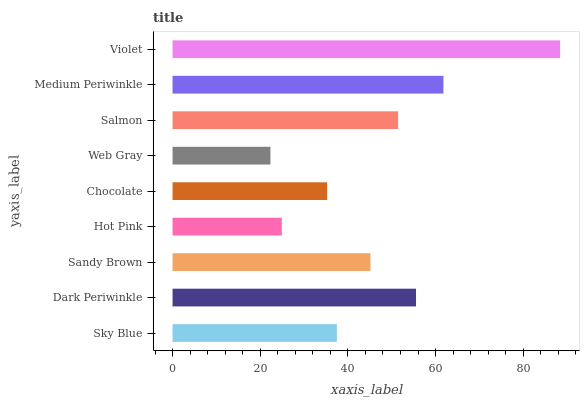
| yaxis_label | bars |
 | --- | --- |
 | Sky Blue | 37.5 |
 | Dark Periwinkle | 55.5 |
 | Sandy Brown | 45.1 |
 | Hot Pink | 24.9 |
 | Chocolate | 35.3 |
 | Web Gray | 22.3 |
 | Salmon | 51.5 |
 | Medium Periwinkle | 61.8 |
 | Violet | 88.4 |